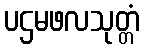
ပဌမဖလသုတ္တံ